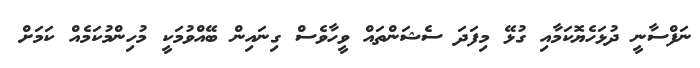
ނަފްސާނީ ދުޅަހެޔޮކަމާއި ގުޅޭ މިފަދަ ސެޝަންތައް ވީހާވެސް ގިނައިން ބޭއްވުމަކީ މުުހިންމުކަމެއް ކަމަށް